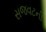
સજવટની